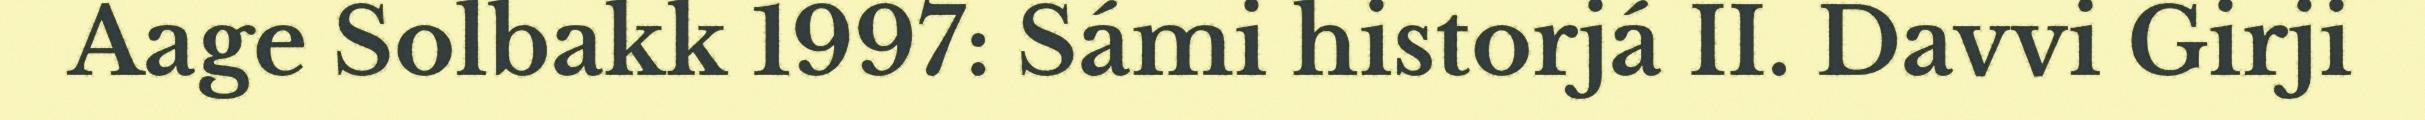
Aage Solbakk 1997: Sámi historjá II. Davvi Girji